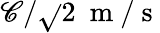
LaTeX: \mathscr{C}/\sqrt{}{{2}}\ \mathrm{{~m~/~s~}}